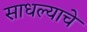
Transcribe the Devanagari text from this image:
साधल्याचे